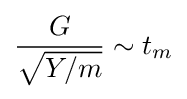
{\frac {G}{\sqrt {Y/m}}}\sim t_{m}